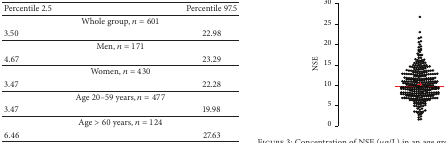
<table><thead><tr><td><b>Percentile 2.5</b></td><td><b>Percentile 97.5</b></td></tr></thead><tbody><tr><td colspan="2">Whole group, <i>n</i> = 601</td></tr><tr><td>3.50</td><td>22.98</td></tr><tr><td colspan="2">Men, <i>n</i> = 171</td></tr><tr><td>4.67</td><td>23.29</td></tr><tr><td colspan="2">Women, <i>n</i> = 430</td></tr><tr><td>3.47</td><td>22.28</td></tr><tr><td colspan="2">Age 20–59 years, <i>n</i> = 477</td></tr><tr><td>3.47</td><td>19.98</td></tr><tr><td colspan="2">Age &gt; 60 years, <i>n</i> = 124</td></tr><tr><td>6.46</td><td>27.63</td></tr></tbody></table>